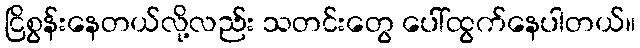
ငြိစွန်းနေတယ်လို့လည်း သတင်းတွေ ပေါ်ထွက်နေပါတယ်။